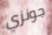
جونزي